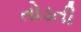
તોડતી